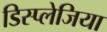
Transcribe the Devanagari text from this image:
डिस्प्लेजिया